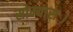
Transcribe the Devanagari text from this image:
सोम्यासः।